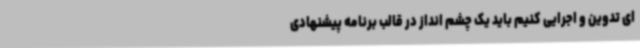
ای تدوین و اجرایی کنیم باید یک چشم انداز در قالب برنامه پیشنهادی